Annual report of the Punjab Veterinary College and of the Civil Veterinary Department, Punjab - 1926-1932
Year: 1926
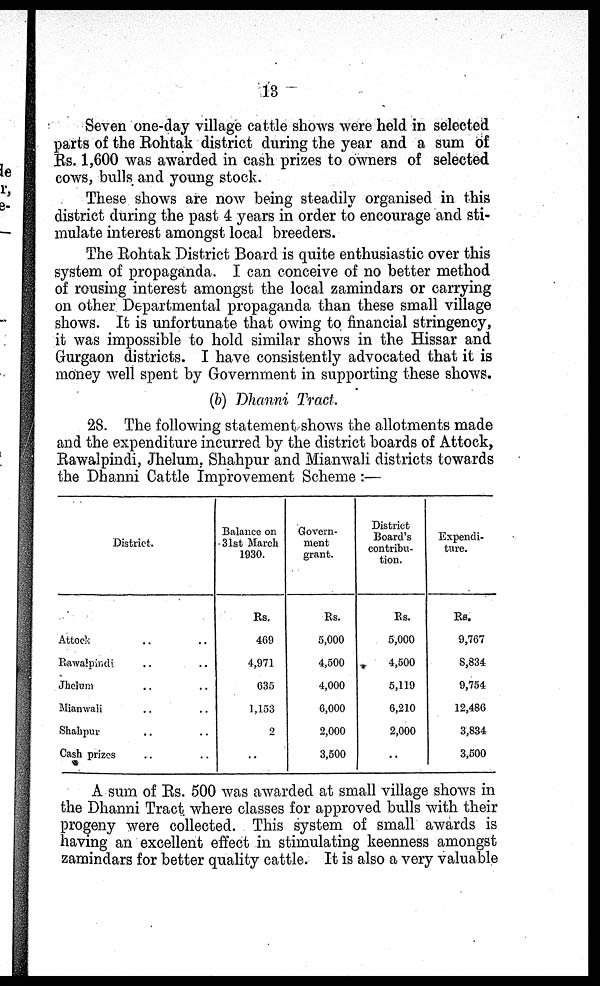
13
Seven one-day village cattle shows were held in selected
parts of the Rohtak district during the year and a sum of
Rs. 1,600 was awarded in cash prizes to owners of selected
cows, bulls and young stock.
These shows are now being steadily organised in this
district during the past 4 years in order to encourage and sti-
mulate interest amongst local breeders.
The Rohtak District Board is quite enthusiastic over this
system of propaganda. I can conceive of no better method
of rousing interest amongst the local zamindars or carrying
on other Departmental propaganda than these small village
shows. It is unfortunate that owing to financial stringency,
it was impossible to hold similar shows in the Hissar and
Gurgaon districts. I have consistently advocated that it is
money well spent by Government in supporting these shows.
(b) Dhanni Tract.
28. The following statement shows the allotments made
and the expenditure incurred by the district boards of Attock,
Rawalpindi, Jhelum. Shahpur and Mianwali districts towards
the Dhanni Cattle Improvement Scheme :—
District.
Attock .. ..
Rawalpindi .. ..
Jhelum .. ..
Mianwali .. ..
Shahpur .. ..
Cash prizes .. ..
Balance on
31st March
1930.
Rs.
469
4,971
635
1,153
2
..
Govern-
ment
grant.
Rs.
5,000
4,500
4,000
6,000
2,000
3,500
District
Board's
contribu-
tion.
Rs.
5,000
4,500
5,119
6,210
2,000
..
Expendi-
ture.
Rs.
9,767
8,834
9,754
12,486
3,834
3,500
A sum of Rs. 500 was awarded at small village shows in
the Dhanni Tract where classes for approved bulls with their
progeny were collected. This system of small awards is
having an excellent effect in stimulating keenness amongst
zamindars for better quality cattle. It is also a very valuable